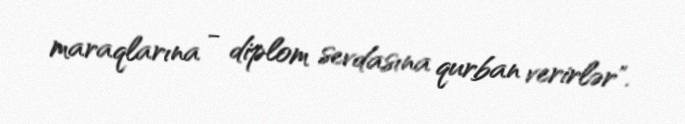
maraqlarına - diplom sevdasına qurban verirlər".